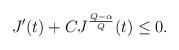
LaTeX: \begin{align*} \begin{aligned} J'(t)+C J^{\frac{Q-\alpha}{Q}}(t)\leq 0. \\ \end{aligned} \end{align*}